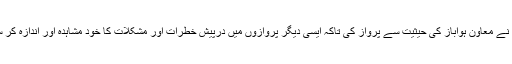
انہوں نے معاون ہواباز کی حیثیت سے پرواز کی تاکہ ایسی دیگر پروازوں میں درپیش خطرات اور مشکلات کا خود مشاہدہ اور اندازہ کر سکیں۔